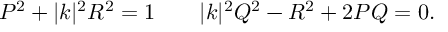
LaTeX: P ^ { 2 } + | k | ^ { 2 } R ^ { 2 } = 1 \qquad | k | ^ { 2 } Q ^ { 2 } - R ^ { 2 } + 2 P Q = 0 .